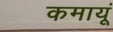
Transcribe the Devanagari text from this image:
कमायूं